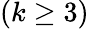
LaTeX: (k\geq 3)